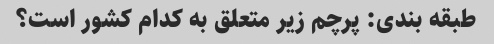
طبقه بندی: پرچم زیر متعلق به کدام کشور است؟